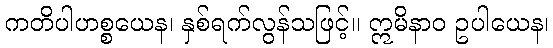
ကတိပါဟစ္စယေန၊ နှစ်ရက်လွန်သဖြင့်။ ဣမိနာဝ ဥပါယေန၊